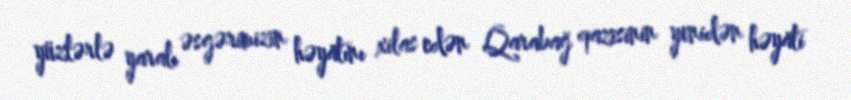
yüzlərlə yaralı əsgərimizin həyatını xilas edən Qarabağ qazisinin yenidən həyati